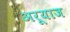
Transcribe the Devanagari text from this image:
अरूयाज